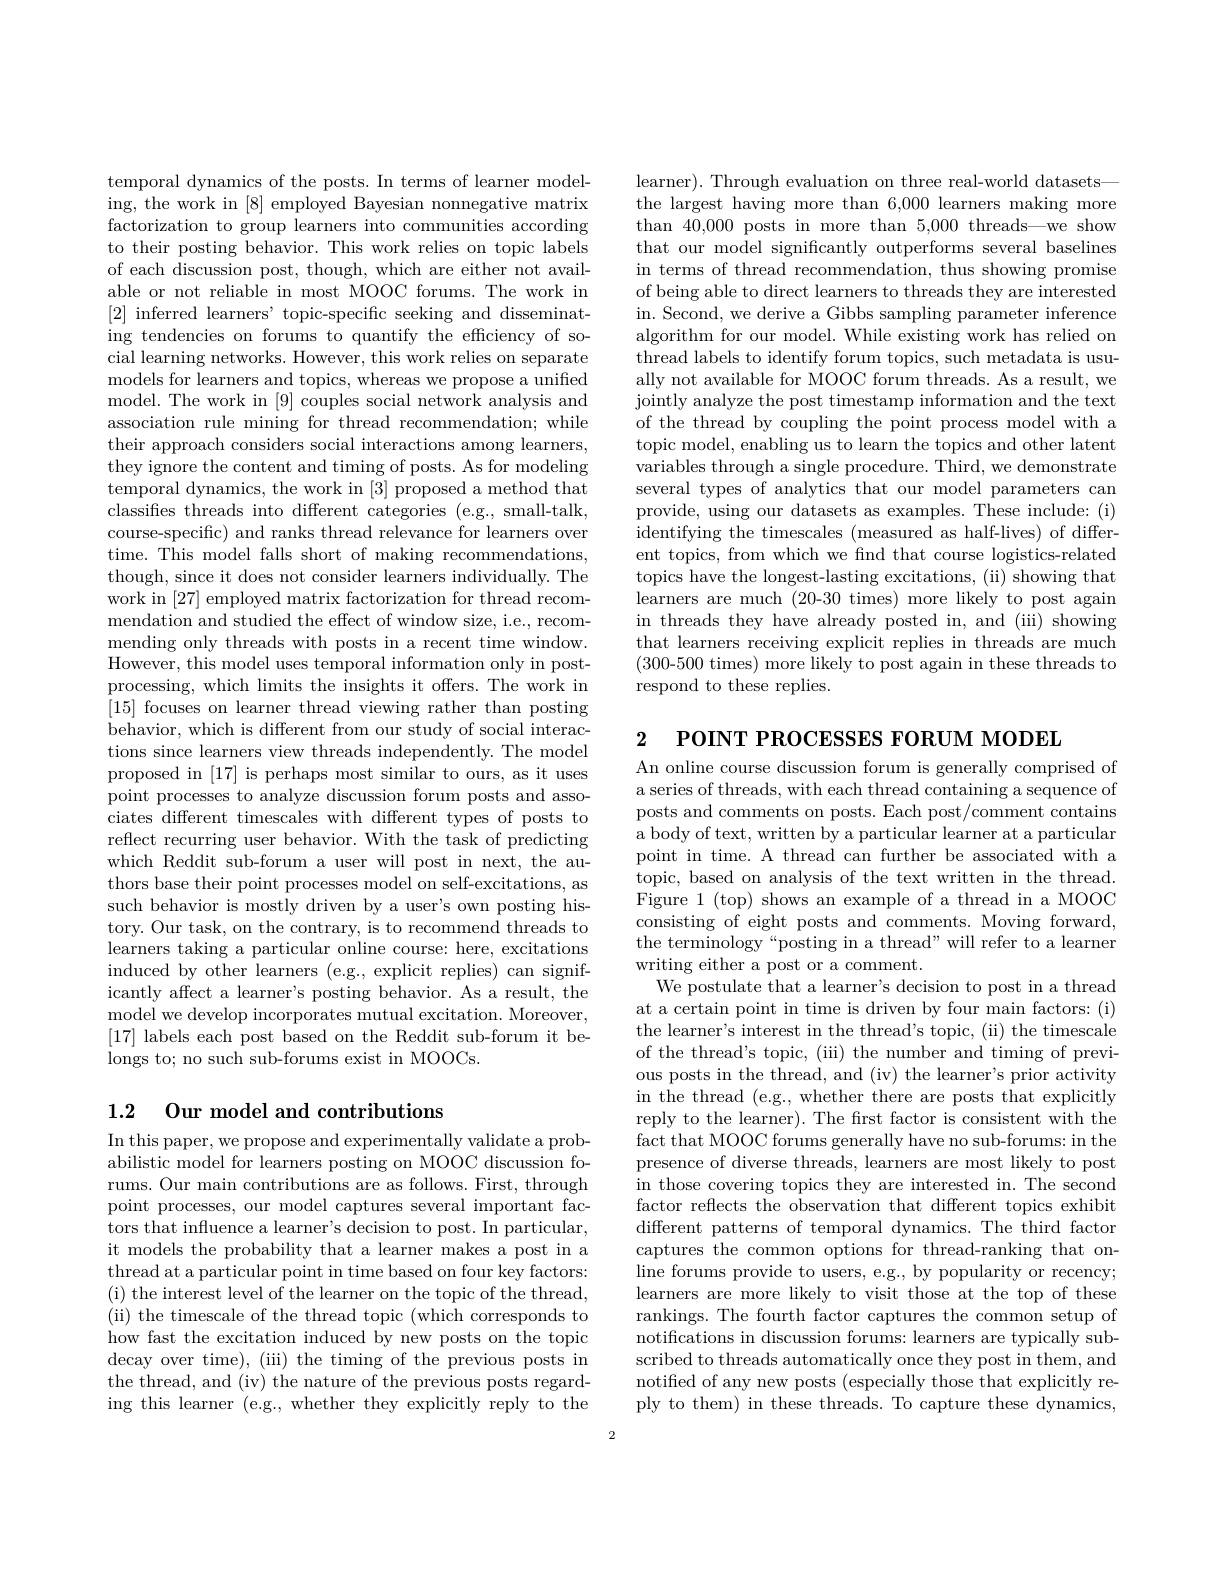
temporal dynamics of the posts. In terms of learner modeling, the work in [8] employed Bayesian nonnegative matrix factorization to group learners into communities according to their posting behavior. This work relies on topic labels of each discussion post, though, which are either not available or not reliable in most MOOC forums. The work in [2] inferred learners' topic-specific seeking and disseminating tendencies on forums to quantify the efficiency of social learning networks. However, this work relies on separate models for learners and topics, whereas we propose a unified model. The work in [9] couples social network analysis and association rule mining for thread recommendation; while their approach considers social interactions among learners, they ignore the content and timing of posts. As for modeling temporal dynamics, the work in [3] proposed a method that classifies threads into different categories (e.g., small-talk, course-specific) and ranks thread relevance for learners over time. This model falls short of making recommendations, though, since it does not consider learners individually. The work in [27] employed matrix factorization for thread recommendation and studied the effect of window size, i.e., recommending only threads with posts in a recent time window. However, this model uses temporal information only in postprocessing, which limits the insights it offers. The work in [15] focuses on learner thread viewing rather than posting behavior, which is different from our study of social interactions since learners view threads independently. The model proposed in [17] is perhaps most similar to ours, as it uses point processes to analyze discussion forum posts and associates different timescales with different types of posts to reflect recurring user behavior. With the task of predicting which Reddit sub-forum a user will post in next, the authors base their point processes model on self-excitations, as such behavior is mostly driven by a user's own posting history. Our task, on the contrary, is to recommend threads to learners taking a particular online course: here, excitations induced by other learners (e.g., explicit replies) can significantly affect a learner's posting behavior. As a result, the model we develop incorporates mutual excitation. Moreover, [17] labels each post based on the Reddit sub-forum it belongs to; no such sub-forums exist in MOOCs.

## 1.2 Our model and contributions

In this paper, we propose and experimentally validate a probabilistic model for learners posting on MOOC discussion forums. Our main contributions are as follows. First, through point processes, our model captures several important factors that influence a learner's decision to post. In particular, it models the probability that a learner makes a post in a thread at a particular point in time based on four key factors: ( i) the interest level of the learner on the topic of the thread, (ii) the timescale of the thread topic (which corresponds to how fast the excitation induced by new posts on the topic decay over time), (iii) the timing of the previous posts in the thread, and (iv) the nature of the previous posts regarding this learner (e.g., whether they explicitly reply to the

learner). Through evaluation on three real-world datasets— the largest having more than 6,000 learners making more than 40,000 posts in more than 5,000 threads—we show that our model significantly outperforms several baselines in terms of thread recommendation, thus showing promise of being able to direct learners to threads they are interested in. Second, we derive a Gibbs sampling parameter inference algorithm for our model. While existing work has relied on thread labels to identify forum topics, such metadata is usually not available for MOOC forum threads. As a result, we jointly analyze the post timestamp information and the text of the thread by coupling the point process model with a topic model, enabling us to learn the topics and other latent variables through a single procedure. Third, we demonstrate several types of analytics that our model parameters can provide, using our datasets as examples. These include: (i) identifying the timescales (measured as half-lives) of different topics, from which we find that course logistics-related topics have the longest-lasting excitations, (ii) showing that learners are much (20-30 times) more likely to post again in threads they have already posted in, and (iii) showing that learners receiving explicit replies in threads are much (300-500 times) more likely to post again in these threads to respond to these replies.

2 POINT PROCESSES FORUM MODEI
An online course discussion forum is generally comprised of a series of threads, with each thread containing a sequence of posts and comments on posts. Each post/comment contains a body of text, written by a particular learner at a particular point in time. A thread can further be associated with a topic, based on analysis of the text written in the thread. Figure 1 (top) shows an example of a thread in a MOOC consisting of eight posts and comments. Moving forward, the terminology“posting in a thread”will refer to a learner writing either a post or a comment.
We postulate that a learner's decision to post in a thread at a certain point in time is driven by four main factors: (i) the learner's interest in the thread's topic, (ii) the timescale of the thread's topic, (iii) the number and timing of previous posts in the thread, and (iv) the learner's prior activity in the thread (e.g., whether there are posts that explicitly reply to the learner). The frst factor is consistent with the fact that MOOC forums generally have no sub-forums: in the presence of diverse threads, learners are most likely to post in those covering topics they are interested in. The second factor reflects the observation that different topics exhibit different patterns of temporal dynamics. The third factor captures the common options for thread-ranking that online forums provide to users, e.g., by popularity or recency; learners are more likely to visit those at the top of these rankings. The fourth factor captures the common setup of notifications in discussion forums: learners are typically subscribed to threads automatically once they post in them, and notified of any new posts (especially those that explicitly reply to them) in these threads. To capture these dynamics,

2